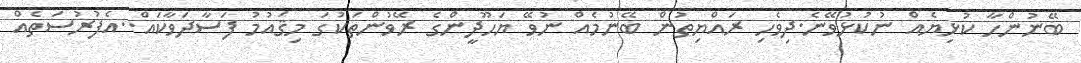
ބޭނުންހާ ކުޅިޔެއް ނުކުޅުވޭނެ.ދިވެހި ރައްޔިތުން ބޭނުމެއް ނުވޭ ޔަހޫދީންގެ ރޭވުންތަކުގަ މިޤައުމު ފަސާދަވާކައް..އެފުރުސަތެއް